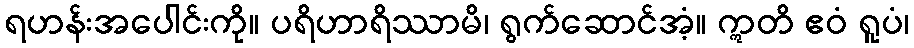
ရဟန်းအပေါင်းကို။ ပရိဟာရိဿာမိ၊ ရွက်ဆောင်အံ့။ ဣတိ ဧဝံ ရူပံ၊